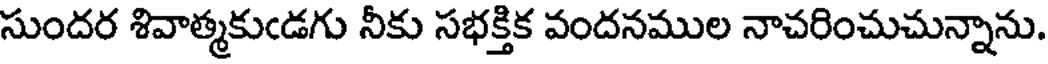
సుందర శివాత్మకుండగు నీకు సభక్తిక వందనముల నాచరించుచున్నాను.